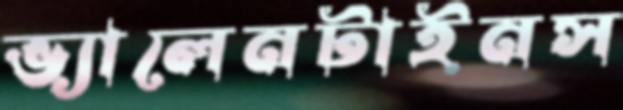
ভ্যালেনটাইনস